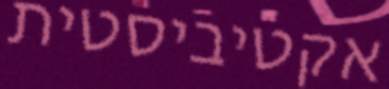
אקטיביסטית